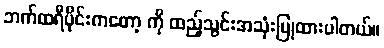
ဘက်ထရီပိုင်းကတော့ ကို ထည့်သွင်းအသုံးပြုထားပါတယ်။